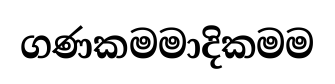
ගණකමමාදිකමම